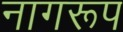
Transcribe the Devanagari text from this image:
नागरूप